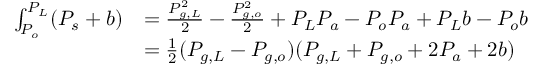
\begin{array} { r l } { \int _ { P _ { o } } ^ { P _ { L } } ( P _ { s } + b ) } & { = \frac { P _ { g , L } ^ { 2 } } { 2 } - \frac { P _ { g , o } ^ { 2 } } { 2 } + P _ { L } P _ { a } - P _ { o } P _ { a } + P _ { L } b - P _ { o } b } \\ & { = \frac { 1 } { 2 } ( P _ { g , L } - P _ { g , o } ) ( P _ { g , L } + P _ { g , o } + 2 P _ { a } + 2 b ) } \end{array}